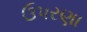
ઉપરણા